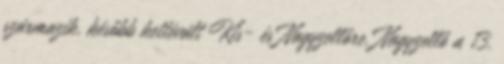
származik, később kettévált Kis- és Nagyzellőre. Nagyzellő a 13.